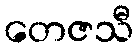
တေဇသီ